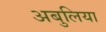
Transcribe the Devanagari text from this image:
अबुलिया